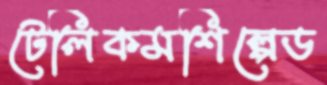
টেলিকমশিল্পেড